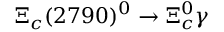
\Xi _ { c } ( 2 7 9 0 ) ^ { 0 } \to \Xi _ { c } ^ { 0 } \gamma